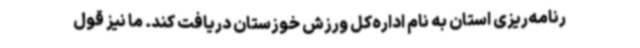
رنامه‌ریزی استان به نام اداره‌کل ورزش خوزستان دریافت کند. ما نیز قول